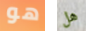
هو هل